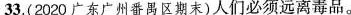
33.(2020广东广州番禺区期末)人们必须远离毒品。